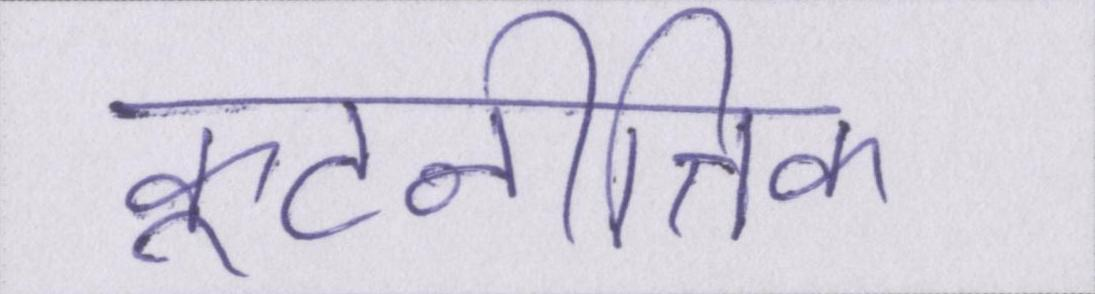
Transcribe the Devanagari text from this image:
कूटनीतिक